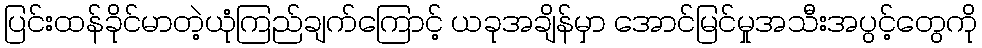
ပြင်းထန်ခိုင်မာတဲ့ယုံကြည်ချက်ကြောင့် ယခုအချိန်မှာ အောင်မြင်မှုအသီးအပွင့်တွေကို